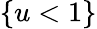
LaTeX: \{ u<1\}